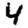
Digit: 4